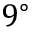
9 ^ { \circ }